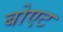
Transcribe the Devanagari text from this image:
बोएट